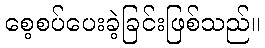
စေ့စပ်ပေးခဲ့ခြင်းဖြစ်သည်။